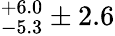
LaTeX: ^{+6.0}_{-5.3}\pm 2.6